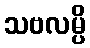
သဗလမ္ပိ